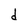
Character: d